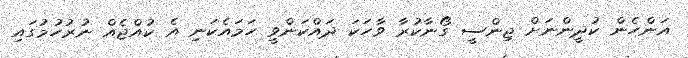
އަންހެން ކުދީންނަށް ޖިންސީ ގޯނާކުރާ ވާހަކަ ދައްކަންވީ ހަމައެކަނި އެ ކުއްޖެއް ނުރުހުމުގައި